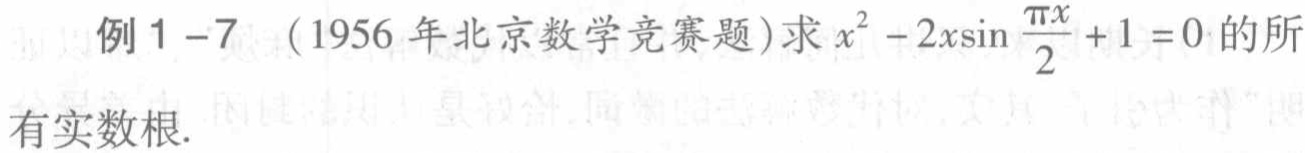
例1 -7 （1956年北京数学竞赛题）求\(x^{2}-2x\sin\frac{\pi x}{2}+1 = 0\)的所有实数根.